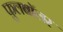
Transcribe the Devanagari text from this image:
फुलबॉलर